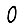
Digit: 0